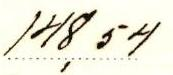
148,54